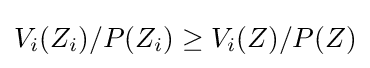
V_{i}(Z_{i})/P(Z_{i})\geq V_{i}(Z)/P(Z)